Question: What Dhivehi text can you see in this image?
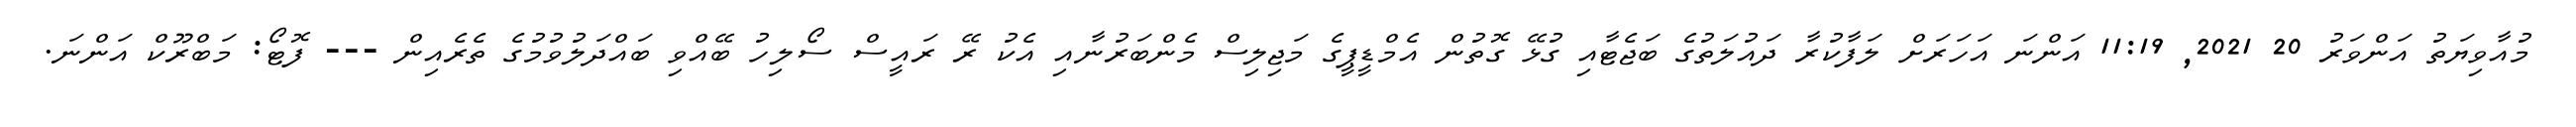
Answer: މުއާވިޔަތު އަންވަރު 20 2021, 11:19 އަންނަ އަހަރަށް ލަފާކުރާ ދައުލަތުގެ ބަޖެޓާއި ގުޅޭ ގޮތުން އެމްޑީޕީގެ މަޖިލިސް މެންބަރުނާއި އެކު ރޭ ރައީސް ސޯލިހު ބޭއްވި ބައްދަލުވުމުގެ ތެރެއިން --- ފޮޓޯ: މަބްރޫކް އަންނަ.